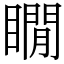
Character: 瞯